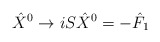
\begin{align*}{\hat X}^0 \rightarrow i S {\hat X}^0 = - {\hat F}_1\end{align*}